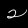
Digit: 2